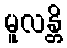
မူလန္တိ